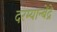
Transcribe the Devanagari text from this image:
दरम्यान्बेंद्रे